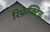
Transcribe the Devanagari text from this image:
रिफ्रेक्टिव